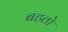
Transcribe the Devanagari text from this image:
बहतो